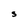
Character: S